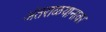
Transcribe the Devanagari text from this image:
अंतराळयानावर